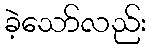
ခဲ့သော်လည်း